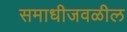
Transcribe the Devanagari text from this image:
समाधीजवळील